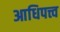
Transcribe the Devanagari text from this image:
आधिपत्त्व